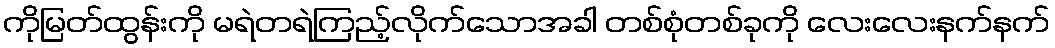
ကိုမြတ်ထွန်းကို မရဲတရဲကြည့်လိုက်သောအခါ တစ်စုံတစ်ခုကို လေးလေးနက်နက်